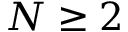
N \geq 2